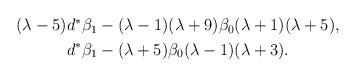
LaTeX: \begin{align*}\begin{gathered}(\lambda-5)d^\ast\beta_1 -(\lambda-1)(\lambda+9)\beta_0 (\lambda+1)(\lambda+5),\\d^\ast\beta_1 -(\lambda+5)\beta_0 (\lambda-1)(\lambda+3).\end{gathered}\end{align*}